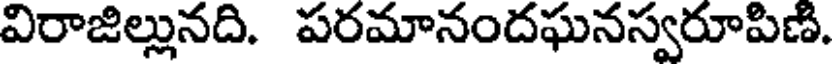
విరాజిల్లునది. పరమానందఘనస్వరూపిణి.